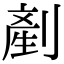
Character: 剷